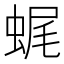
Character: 𧋦